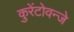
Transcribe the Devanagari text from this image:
कुरेंटोवन्जे